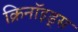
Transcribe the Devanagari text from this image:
क्रिनॉइड्स